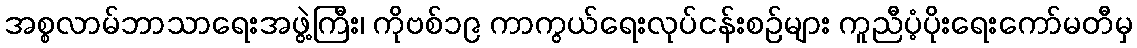
အစ္စလာမ်ဘာသာရေးအဖွဲ့ကြီး၊ ကိုဗစ်၁၉ ကာကွယ်ရေးလုပ်ငန်းစဉ်များ ကူညီပံ့ပိုးရေးကော်မတီမှ